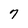
Character: 7